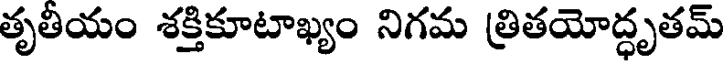
తృతీయం శక్తికూటాఖ్యం నిగమ త్రితయోద్ధృతమ్